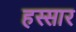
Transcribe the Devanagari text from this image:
हस्सार